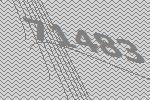
71483